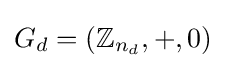
G_{d}=(\mathbb {Z} _{n_{d}},+,0)